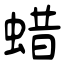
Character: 蜡